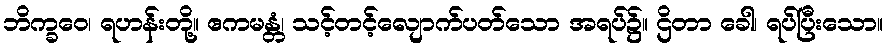
ဘိက္ခဝေ၊ ရဟန်းတို့။ ဧကမန္တံ၊ သင့်တင့်လျောက်ပတ်သော အရပ်၌။ ဌိတာ ခေါ၊ ရပ်ပြီးသော။